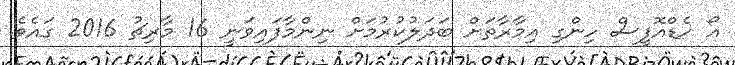
އޯ ހެޑްއޮފީސް ހިންގި އިމާރާތަށް ބަދަލުކުރުމަށް ނިންމާފައިވަނީ 16 މާރިޗު 2016 ގައެވެ.